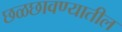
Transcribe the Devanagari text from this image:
छळछावण्यातील